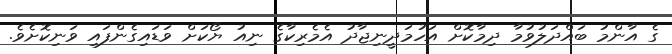
ގެ އާންމު ބައްދަލުވުމާ ދިމާކޮށް އަހުމަދީނިޖާދު އެމެރިކާގެ ނިއު ޔޯކަށް ވަޑައިގެންފައި ވަނިކޮށެވެ.